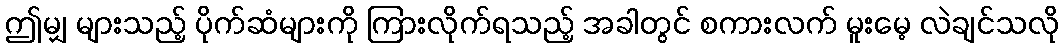
ဤမျှ များသည့် ပိုက်ဆံများကို ကြားလိုက်ရသည့် အခါတွင် စကားလက် မူးမေ့ လဲချင်သလို